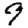
Digit: 9